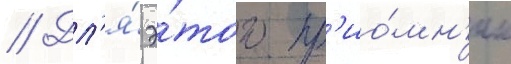
// Дл'я́ э́того пр'ио́мн'ик